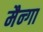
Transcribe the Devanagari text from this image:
मैन्गा